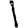
Digit: 1